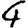
Digit: 4